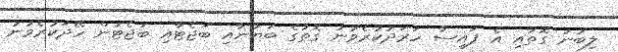
ލިބުނު ގޮތާއި އެ ފައިސާ ހަރަދުކުރެވުނު ގޮތުގެ ބަޔާނާއި ބަޖެޓާއި ބަޖެޓުން ހޭދަކުރެވުނު